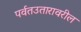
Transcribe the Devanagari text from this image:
पर्वतउतारावरील